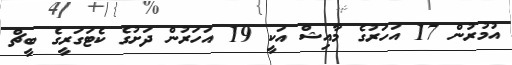
އުމުރުން 17 އަހަރުގެ މާއިޝް އަކީ 19 އަހަރުން ދަށުގެ ކެޓަގަރީގެ ބީޗް